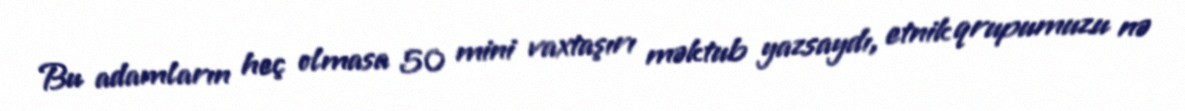
Bu adamların heç olmasa 50 mini vaxtaşırı məktub yazsaydı, etnik qrupumuzu nə